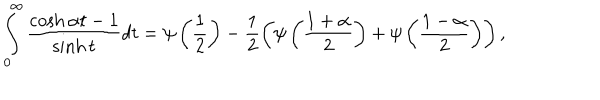
LaTeX: \int _ { 0 } ^ { \infty } \frac { \cosh \alpha t - 1 } { \sinh t } d t = \psi \left( \frac { 1 } { 2 } \right) - \frac { 1 } { 2 } \left( \psi \left( \frac { 1 + \alpha } { 2 } \right) + \psi \left( \frac { 1 - \alpha } { 2 } \right) \right) ,